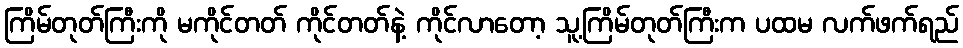
ကြိမ်တုတ်ကြီးကို မကိုင်တတ် ကိုင်တတ်နဲ့ ကိုင်လာတော့ သူ့ကြိမ်တုတ်ကြီးက ပထမ လက်ဖက်ရည်